Lunatic asylums in Bengal annual reports 1888-1898 - 1888-1898
Year: 1888
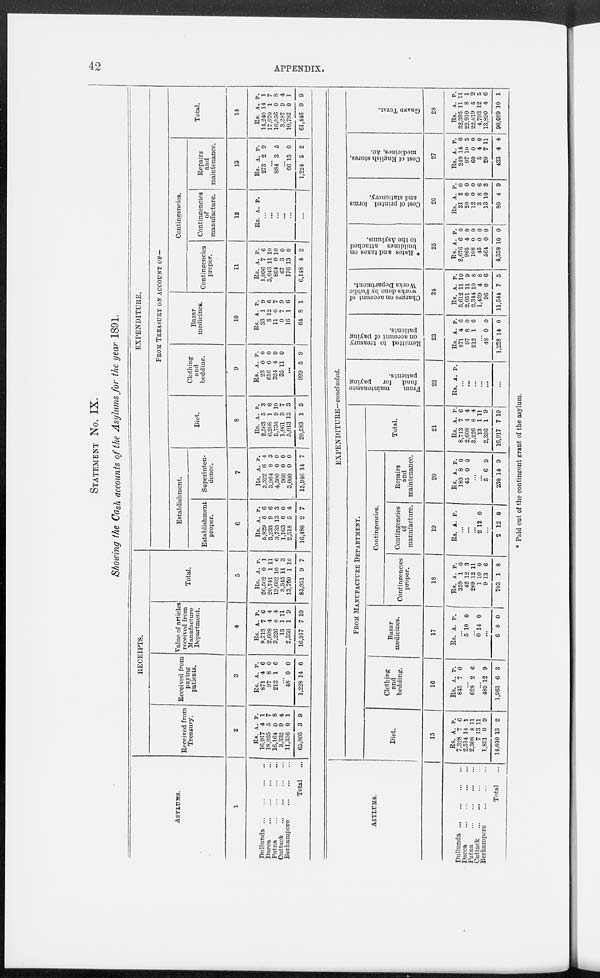
42
APPENDIX.
STATEMENT No. IX.
Showing the Cash accounts of the Asylums for the year 1891.
ASYLUMS.
1
Dullunda
...
...
...
...
Dacca ... ... ... ...
Patna
... ... ... ...
Cuttack
... ... ... ...
Berhampore ...
...
...
Total ...
RECEIPTS.
Received from
Treasury.
2
Rs.
16,917
18,035
16,164
3,332
11,356
65,805
A.
4
5
0
9
0
3
P.
1
7
8
4
1
9
Received from
paying
patients.
3
Rs.
871
97
212
A.
4
8
1
P.
6
0
6
...
48
1,228
0
14
0
0
Value of articles
received from
Manufacture
Department.
4
Rs.
8,713
2,608
3,226
13
2,356
16,917
A.
7
4
8
1
1
7
P.
6
4
4
11
9
10
Total.
5
Rs.
26,502
20,741
19,602
3,345
13,760
83,951
A.
0
1
10
11
1
9
P.
1
11
6
3
10
7
EXPENDITURE.
FROM TREASURY ON ACCOUNT OF—
Establishment.
Establishment
proper.
6
Rs.
5,829
3,233
3,735
1,163
2,518
16,480
A.
6
9
13
0
5
2
P.
6
6
3
0
4
7
Superinten-
dence.
7
Rs.
3,522
3,964
4,500
960
3,000
15,946
A.
6
8
0
0
0
14
P.
4
3
0
0
0
7
Diet.
8
Rs.
2,563
6,208
5,736
1,061
5,013
20,583
A.
5
1
9
3
13
1
P.
3
6
10
7
3
5
Clothing
and
bedding.
9
Rs.
23
616
324
35
A.
0
6
4
11
P.
0
0
9
0
...
999 5 9
Bazar
medicines.
10
Rs.
33
3
11
0
16
64
A.
1
12
0
7
1
8
P.
9
6
7
9
6
1
Contingencies.
Contingencies
proper.
11
Rs.
1,996
3,043
864
67
176
6,148
A.
7
11
0
3
13
4
P.
6
10
10
0
0
2
Contingencies
of
manufacture.
12
Rs. A. P.
...
...
...
...
...
...
Repairs
and
maintenance.
13
Rs.
273
A.
2
P.
9
...
884 3 5
...
66
1,224
15
5
0
2
Total.
14
Rs.
14,240
17,070
16,056
3,287
10,792
61,446
A.
14
1
0
9
0
9
P.
1
7
8
4
1
9
ASYLUMS.
Dullunda
...
...
...
...
Dacca
... ... ... ...
Patna
... ... ... ...
Cuttack
... ... ... ...
Berhampore ...
...
...
Total ...
EXPENDITURE—concluded.
FROM MANUFACTURE DEPARTMENT.
Diet.
15
Rs.
7,328
2,514
2,308
7
1,851
14,010
A.
7
14
8
13
0
13
P.
6
1
11
11
9
2
Clothing
and
bedding.
16
Rs.
845
A.
7
P.
0
...
628 2 6
...
489
1,963
12
6
9
3
Bazar
medicines.
17
Rs. A. P.
...
5 10 0
...
0 14 0
...
6 8 0
Contingencies.
Contingencies
proper.
18
Rs.
359
42
289
1
9
703
A.
1
12
12
10
13
1
P.
0
3
11
0
6
8
Contingencies
of
manufacture.
19
Rs. A. P.
...
...
...
2 12 0
...
2 12 0
Repairs
and
maintenance.
20
Rs.
180
45
A.
8
0
P.
0
0
...
...
5
230
6
14
9
9
Total.
21
Rs.
8,713
2,608
3,226
13
2,356
16,917
A.
7
4
8
1
1
7
P.
6
4
4
11
9
10
From
maintenance
fund for paying
patients.
22
Rs. A. P.
...
...
...
...
...
...
Remitted to treasury
on account of paying
patients.
23
Rs.
871
97
212
A.
4
8
1
P.
6
0
6
...
48
1,228
0
14
0
0
Charges on account of
works done by Public
Works Department.
24
Rs.
5,612
2,051
2,344
1,439
96
11,544
A.
11
11
10
4
0
7
P.
10
9
8
8
6
5
* Rates and taxes on
buildings attached
to the Asylums.
25
Rs.
2,676
965
108
45
564
4,358
A.
6
4
0
0
0
10
P.
0
0
0
0
0
0
Cost of printed forms
and stationery.
26
Rs.
31
20
12
3
13
80
A.
2
0
0
8
10
4
P.
0
0
0
6
3
9
Cost of English stores,
medicines, &c.
27
Rs.
249
97
60
5
20
433
A.
14
10
0
4
7
4
P.
0
5
0
0
11
4
GRAND TOTAL.
28
Rs.
32,395
22,910
22,019
4,793
13,890
96,009
A.
11
8
5
12
4
10
P.
11
1
2
5
6
1
* Paid out of the contingent grant of the asylum.